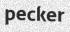
pecker